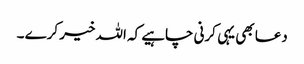
دعا بھی یہی کرنی چاہیے کہ اللہ خیر کرے ۔